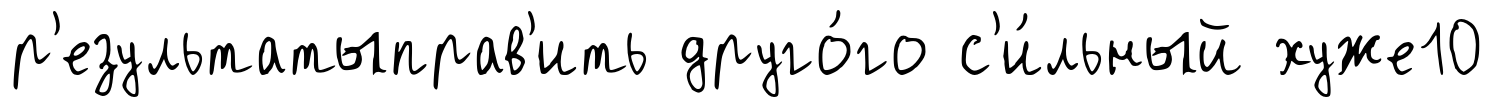
р'езультатыправ'ить друго́го с'и́льный хуже10